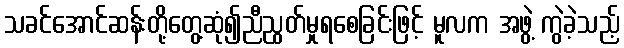
သခင်အောင်ဆန်းတို့တွေ့ဆုံ၍ညီညွတ်မှုရစေခြင်းဖြင့် မူလက အဖွဲ့ ကွဲခဲ့သည့်